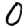
Digit: 0